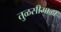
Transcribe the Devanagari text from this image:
तुळसीमाळा